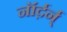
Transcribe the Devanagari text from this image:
नॉर्द़र्न्